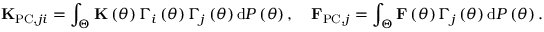
{ \bf K } _ { \mathrm { P C } , j i } = \int _ { \Theta } { \bf K } \left( \theta \right) \Gamma _ { i } \left( \theta \right) \Gamma _ { j } \left( \theta \right) \mathrm { d } { \cal P } \left( \theta \right) , \quad { \bf F } _ { \mathrm { P C } , j } = \int _ { \Theta } { \bf F } \left( \theta \right) \Gamma _ { j } \left( \theta \right) \mathrm { d } { \cal P } \left( \theta \right) .